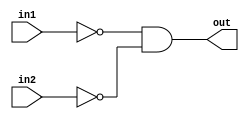
// Developed by: Aashi Srivastava
// TITLE: NOR FROM NAND

module norfromnand (
    out, in1, in2
);
    input in1, in2;
    output out;
    wire wire1, wire2, wire3;

    nand n1(wire1, in1, in1);
    nand n2(wire2, in2, in2);
    nand n3(wire3, wire1, wire2);
    nand n4(out, wire3, wire3);

    
endmodule